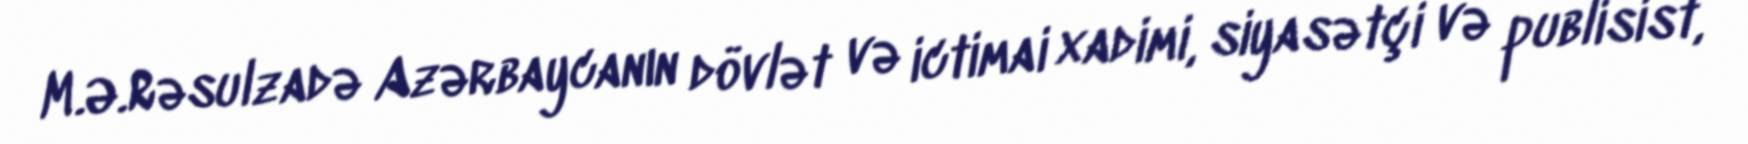
M.Ə.Rəsulzadə Azərbaycanın dövlət və ictimai xadimi, siyasətçi və publisist,